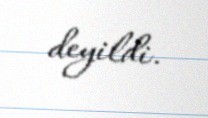
deyildi.